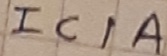
Text: IC1A